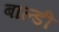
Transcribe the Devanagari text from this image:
बाल्डी